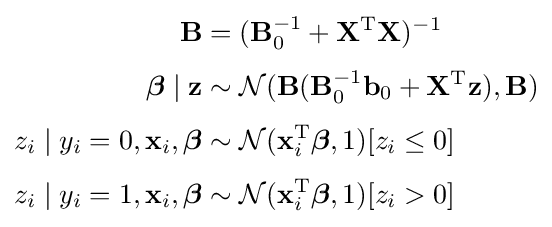
{\begin{aligned}\mathbf {B} &=(\mathbf {B} _{0}^{-1}+\mathbf {X} ^{\operatorname {T} }\mathbf {X} )^{-1}\\[3pt]{\boldsymbol {\beta }}\mid \mathbf {z} &\sim {\mathcal {N}}(\mathbf {B} (\mathbf {B} _{0}^{-1}\mathbf {b} _{0}+\mathbf {X} ^{\operatorname {T} }\mathbf {z} ),\mathbf {B} )\\[3pt]z_{i}\mid y_{i}=0,\mathbf {x} _{i},{\boldsymbol {\beta }}&\sim {\mathcal {N}}(\mathbf {x} _{i}^{\operatorname {T} }{\boldsymbol {\beta }},1)[z_{i}\leq 0]\\[3pt]z_{i}\mid y_{i}=1,\mathbf {x} _{i},{\boldsymbol {\beta }}&\sim {\mathcal {N}}(\mathbf {x} _{i}^{\operatorname {T} }{\boldsymbol {\beta }},1)[z_{i}>0]\end{aligned}}